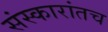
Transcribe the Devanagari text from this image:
संस्कारांतच